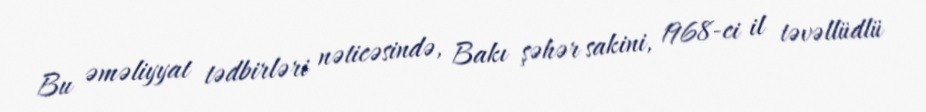
Bu əməliyyat tədbirləri nəticəsində, Bakı şəhər sakini, 1968-ci il təvəllüdlü